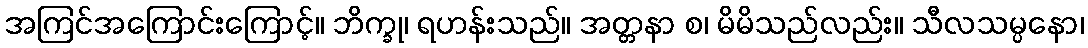
အကြင်အကြောင်းကြောင့်။ ဘိက္ခု၊ ရဟန်းသည်။ အတ္တနာ စ၊ မိမိသည်လည်း။ သီလသမ္ပနော၊